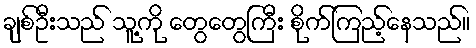
ချစ်ဦးသည် သူ့ကို တွေတွေကြီး စိုက်ကြည့်နေသည်။